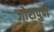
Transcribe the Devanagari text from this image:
जोशपुर्ण